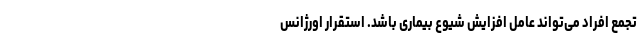
تجمع افراد می‌تواند عامل افزایش شیوع بیماری باشد. استقرار اورژانس